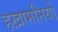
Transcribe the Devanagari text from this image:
हख़ामनियों